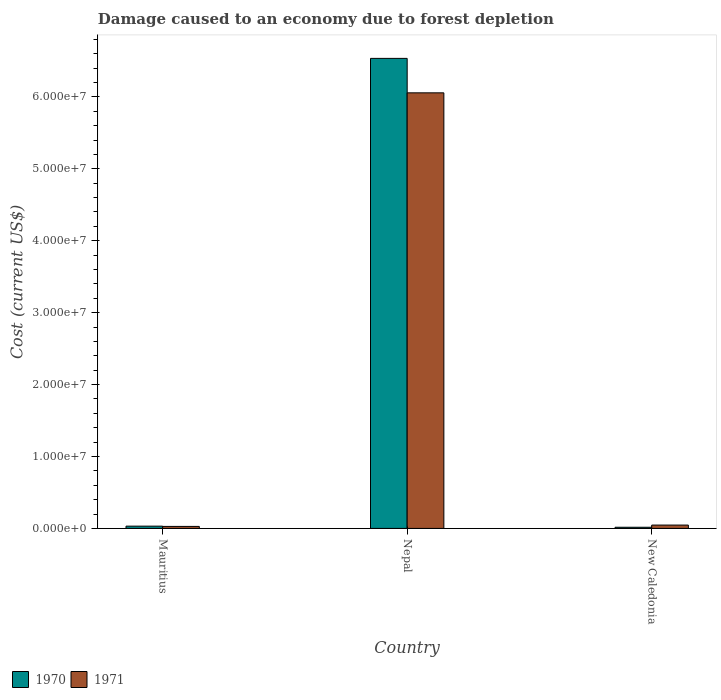
| Country | 1970 | 1971 |
 | --- | --- | --- |
 | Mauritius | 3.14e+05 | 2.78e+05 |
 | Nepal | 6.54e+07 | 6.06e+07 |
 | New Caledonia | 1.6e+05 | 4.65e+05 |